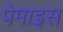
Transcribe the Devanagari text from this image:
पेमाइस